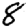
Digit: 8